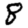
Digit: 8